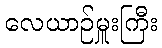
လေယာဉ်မှူးကြီး